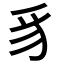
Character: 豸